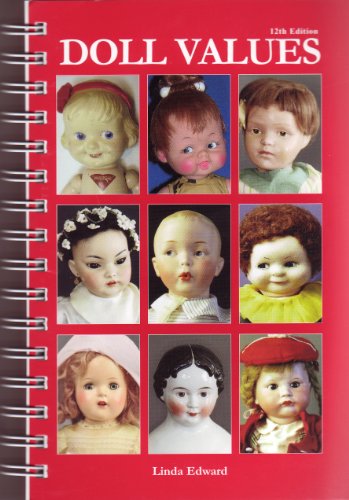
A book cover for Doll Values; Linda Edward; Crafts, Hobbies & Home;